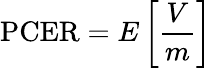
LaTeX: \mathrm{PCER}=E\left[{\frac{V}{m}}\right]